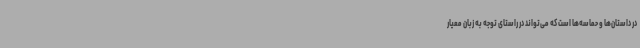
در داستان‌ها و حماسه‌ها است که می‌تواند در راستای توجه به زبان معیار